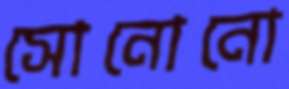
সোনোনো